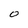
Character: O